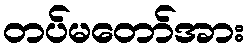
တပ်မတော်အား